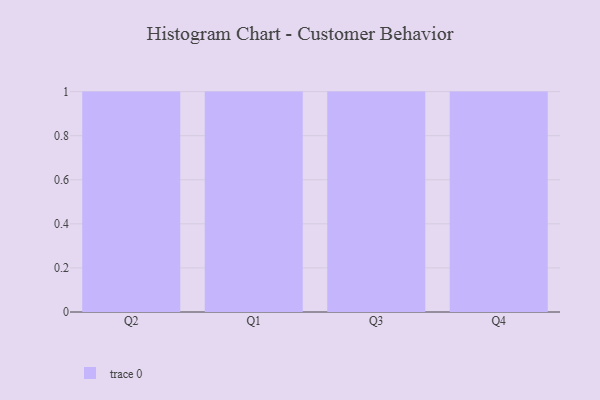
{"axis": {"x": "Quarter", "y": "LTV (USD)"}, "legend": [""], "data": [{"x": "Q2", "y": 86, "type": ""}, {"x": "Q1", "y": 96, "type": ""}, {"x": "Q3", "y": 97, "type": ""}, {"x": "Q4", "y": 55, "type": ""}]}